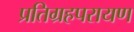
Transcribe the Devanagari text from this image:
प्रतिग्रहपरायण